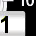
Digit: 1